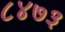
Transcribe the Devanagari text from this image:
८४७३